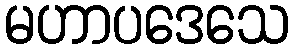
မဟာပဒေသေ